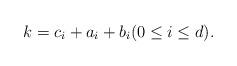
LaTeX: \begin{align*} k = c_i + a_i + b_i (0 \le i \le d).\end{align*}